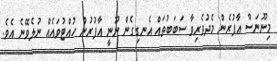
މިނޫނަސް އާފުރެން މެދުވެރިވާ ސަބަބުތައް އެނގިގެން ނޫނީ އާފުރުން ހުއްޓުވައެއް ނުލެވޭނެ އެވެ.